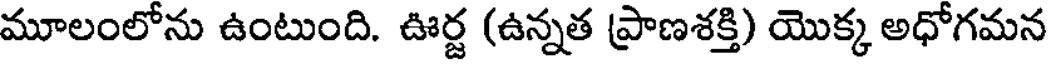
మూలంలోను ఉంటుంది. ఊర్జ (ఉన్నత ప్రాణశక్తి) యొక్క అధోగమన